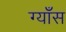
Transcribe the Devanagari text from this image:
ग्याँस